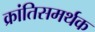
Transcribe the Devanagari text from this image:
क्रांतिसमर्थक